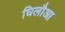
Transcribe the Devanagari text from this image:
घिलौआ